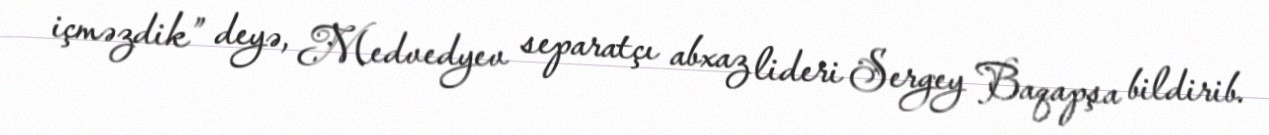
içməzdik” deyə, Medvedyev separatçı abxaz lideri Sergey Baqapşa bildirib.